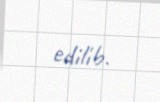
edilib.